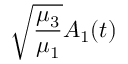
\sqrt { \frac { \mu _ { 3 } } { \mu _ { 1 } } } A _ { 1 } ( t )